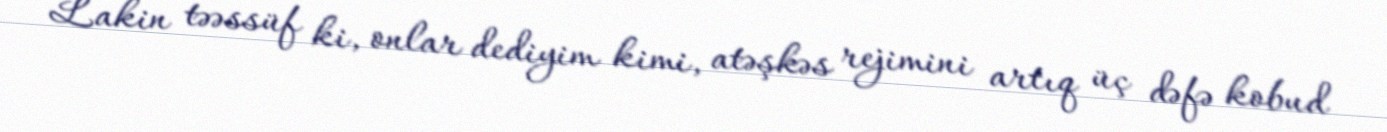
Lakin təəssüf ki, onlar dediyim kimi, atəşkəs rejimini artıq üç dəfə kobud